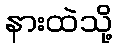
နားထဲသို့